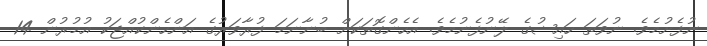
ނުފެށުމެވެ. ނުވަތަ ހައިޟުގެ ލޭނުފެނުމެވެ. އެހެންގޮތަކަށް ބުނާނަމަ ފުރާވަރުގެ އަންހެންކުއްޖަކު އުމުރުން 14